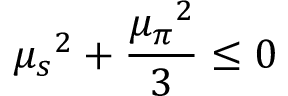
{ \mu _ { s } } ^ { 2 } + \frac { { \mu _ { \pi } } ^ { 2 } } { 3 } \le 0